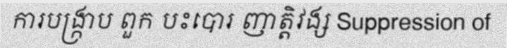
ការបង្ក្រាប ពួក បះបោរ ញាត្តិវង្ស Suppression of